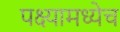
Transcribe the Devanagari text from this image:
पक्ष्यामध्येच